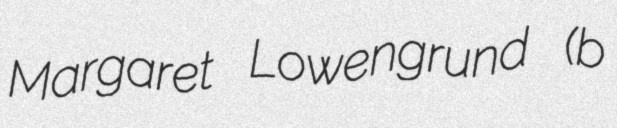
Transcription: Margaret Lowengrund (b